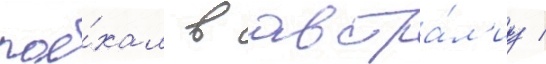
пое́хал в австра́л'иу /